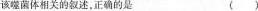
该噬菌体相关的叙述，正确的是（）